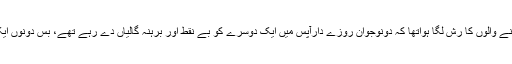
دوسرے روزاِفطاری سے ایک گھنٹہ قبل بازار کے آخری چوک پر فروٹ چاٹ خریدنے والوں کا رش لگا ہواتھا کہ دونوجوان روزے دارآپس میں ایک دوسرے کو بے نقط اور برہنہ گالیاں دے رہے تھے، بس دونوں ایک دوسرے کو افطاری کے بعدتم سے نمٹ لوں گاالٹی میٹم دے کرچلے گئے، قارئین!